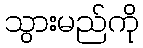
သွားမည်ကို